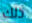
ذلك